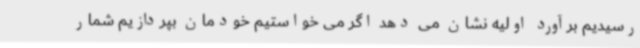
رسیدیم برآورد اولیه نشان می دهد اگر می خواستیم خودمان بپردازیم شمار